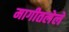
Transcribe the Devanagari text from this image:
मागीतलेले